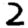
Digit: 2